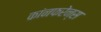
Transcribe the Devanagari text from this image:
कांनफरेन्स